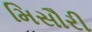
મિસૌરી